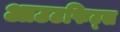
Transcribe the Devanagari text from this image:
आउटफिट्स